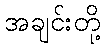
အချင်းတို့